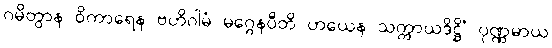
ဂမိတွာန ဝိကာရေန ဗဟိဂါမံ မဂ္ဂေနပီတိ ဟယေန သက္ကာယဒိဋ္ဌိံ ပုဏ္ဏမာယ